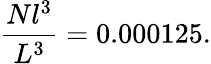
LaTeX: \frac{Nl^{3}}{L^{3}}=0.000125.